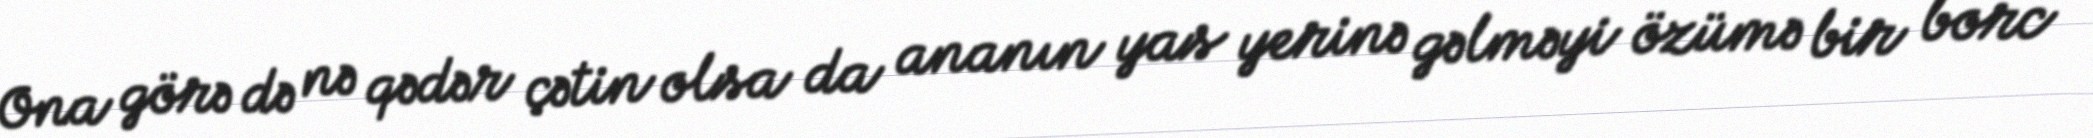
Ona görə də nə qədər çətin olsa da ananın yas yerinə gəlməyi özümə bir borc